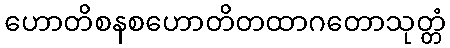
ဟောတိစနစဟောတိတထာဂတောသုတ္တံ